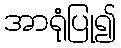
အာရုံပြု၍